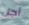
أجل